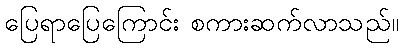
ပြေရာပြေကြောင်း စကားဆက်လာသည်။